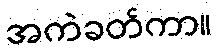
အကဲခတ်ကာ။